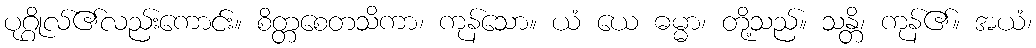
ပုဂ္ဂိုလ်၏လည်းကောင်း။ စိတ္တစေတသိကာ၊ ကုန်သော။ ယံ ယေ ဓမ္မာ၊ တို့သည်။ သန္တိ၊ ကုန်၏။ အယံ၊